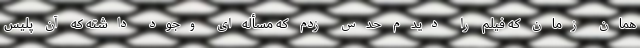
همان زمان که فیلم را دیدم حدس زدم که مسأله‌ای وجود داشته که آن پلیس